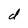
Character: d